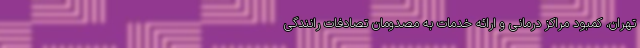
تهران، کمبود مراکز درمانی و ارائه خدمات به مصدومان تصادفات رانندگی